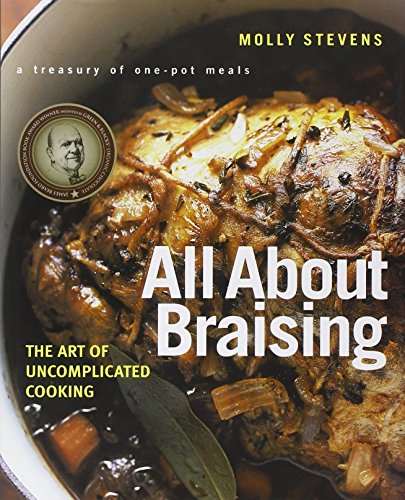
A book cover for All About Braising: The Art of Uncomplicated Cooking; Molly Stevens; Cookbooks, Food & Wine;